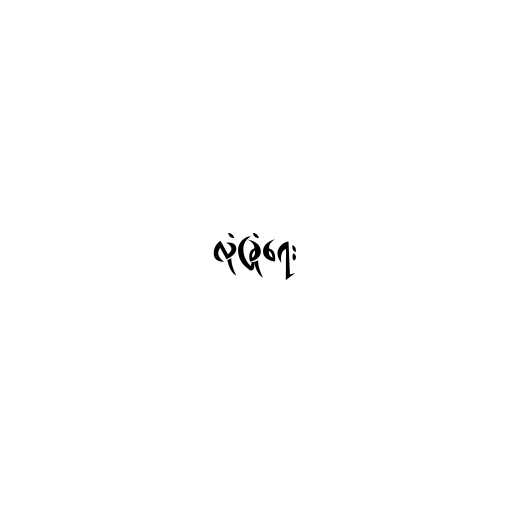
လုံခြုံရေး